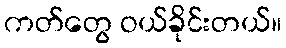
ကတ်တွေ ဝယ်ခိုင်းတယ်။